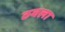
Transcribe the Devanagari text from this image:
ठवला